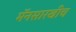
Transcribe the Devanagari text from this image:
मॅनसारखीच